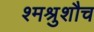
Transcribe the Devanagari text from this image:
श्मश्रुशौच